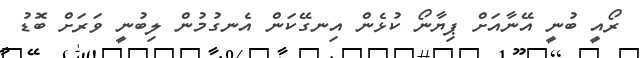
ރޯއީ ބުނީ އޭނާއަށް ޕިޔާނޯ ކުޅެން އިނގޭކަން އެނގުމުން ލިބުނީ ވަރަށް ބޮޑު